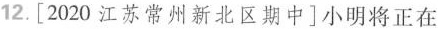
12.[2020江苏常州新北区期中]小明将正在